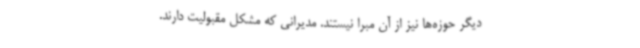
دیگر حوزه‌ها نیز از آن مبرا نیستند. مدیرانی که مشکل مقبولیت دارند.